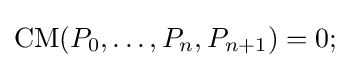
\operatorname {CM} (P_{0},\ldots ,P_{n},P_{n+1})=0;